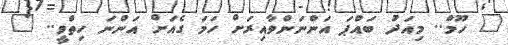
" ހޫމް.. މިއަދު ބައްޕަ އަންނަންވާއިރަށް ހަމަ ގެއަށް އަންނަ ހިތްވީ.. "